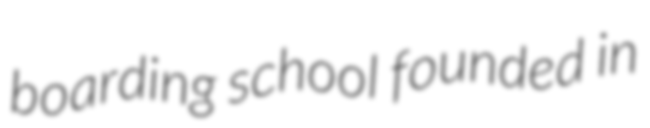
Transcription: boarding school founded in